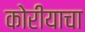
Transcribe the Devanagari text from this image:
कोरीयाचा